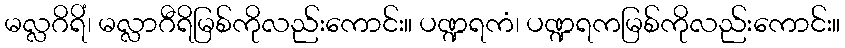
မလ္လဂိရိံ၊ မလ္လာဂီရိမြစ်ကိုလည်းကောင်း။ ပဏ္ဍရကံ၊ ပဏ္ဍရကမြစ်ကိုလည်းကောင်း။